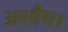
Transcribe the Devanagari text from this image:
अशौच।